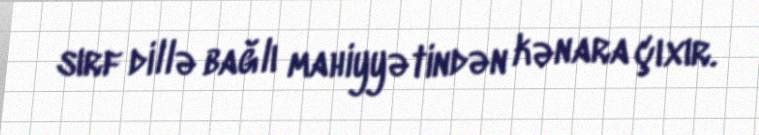
sırf dillə bağlı mahiyyətindən kənara çıxır.